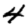
Digit: 4